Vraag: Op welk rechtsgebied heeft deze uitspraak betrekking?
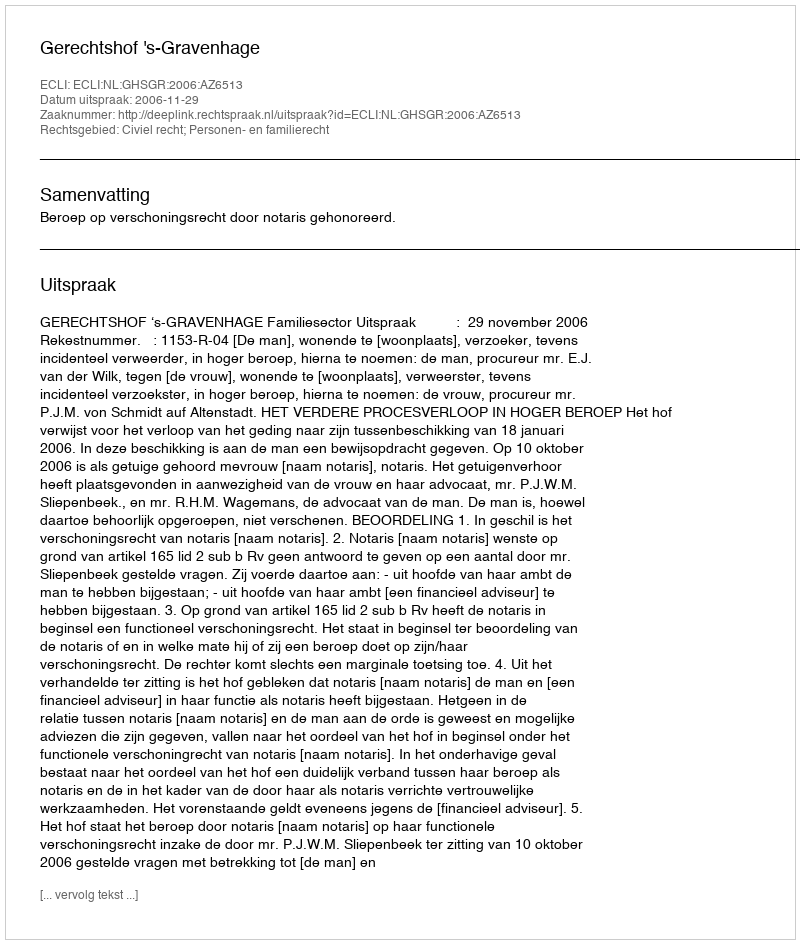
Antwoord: Civiel recht; Personen- en familierecht